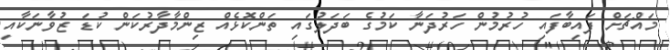
މައްޗަށް ފައިބާފައި ހުރުމުން ހަރުދަނާ ކަމުގެ ބަދަލުގައި ތަންކޮޅެއް ޒިންމާދާރުކަން ކުޑަ ޒުވާނަކާއި